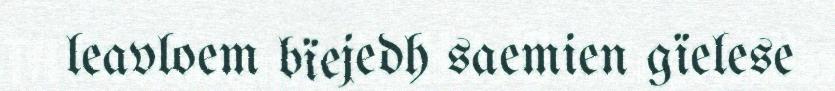
leavloem bïejedh saemien gïelese